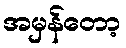
အမှန်တော့